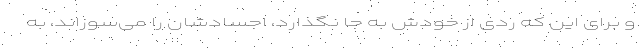
و برای این که ردی از خودش به‌ جا نگذارد، اجسادشان را می‌سوزاند، به